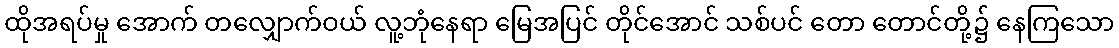
ထိုအရပ်မှု အောက် တလျှောက်ဝယ် လူ့ဘုံနေရာ မြေအပြင် တိုင်အောင် သစ်ပင် တော တောင်တို့၌ နေကြသော